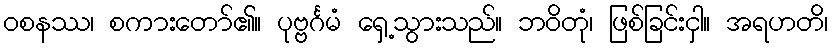
ဝစနဿ၊ စကားတော်၏။ ပုဗ္ဗင်္ဂမံ ရှေ့သွားသည်။ ဘဝိတုံ၊ ဖြစ်ခြင်းငှါ။ အရဟတိ၊